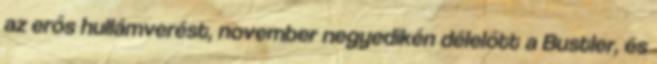
az erős hullámverést, november negyedikén délelőtt a Bustler, és